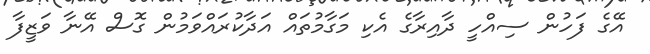
އޭގެ ފަހުން ސިއްހީ ދާއިރާގެ އެކި މަގާމުތައް އަދާކުރައްވަމުން ގޮސް އޭނާ ވަޒީފާ